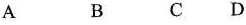
A B C D